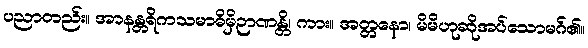
ပညာတည်း။ အာနန္တရိကသမာဓိမှိဉာဏန္တိ၊ ကား။ အတ္တနော၊ မိမိဟုဆိုအပ်သောမဂ်၏။